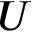
U